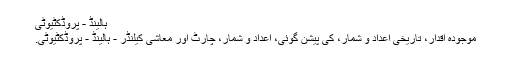
ہالینڈ - پروڈکٹیوٹی
موجودہ اقدار، تاریخی اعداد و شمار، کی پیشن گوئی، اعداد و شمار، چارٹ اور معاشی کیلنڈر - ہالینڈ - پروڈکٹیوٹی.